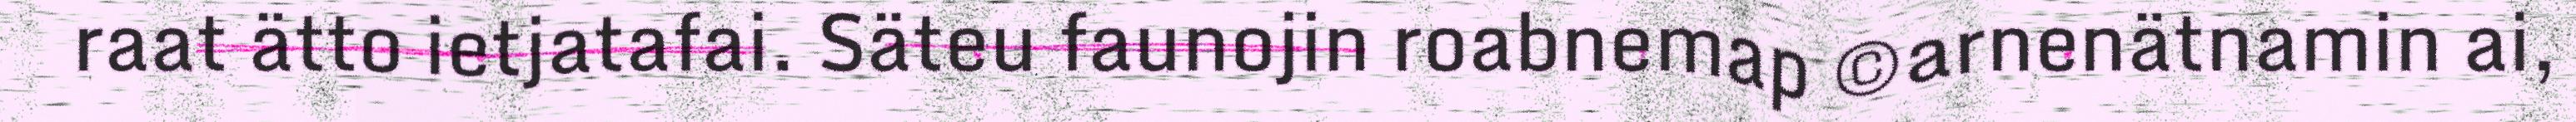
raat ätto ietjatafai. Säteu faunojin roabnemap ©arnenätnamin ai,